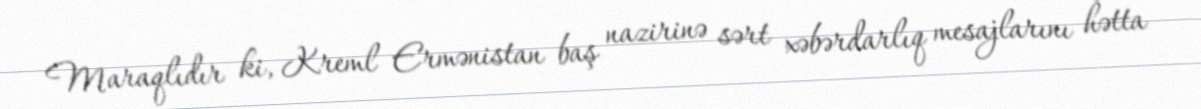
Maraqlıdır ki, Kreml Ermənistan baş nazirinə sərt xəbərdarlıq mesajlarını hətta